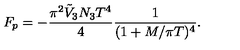
F _ { p } = - \frac { \pi ^ { 2 } \tilde { V } _ { 3 } N _ { 3 } T ^ { 4 } } { 4 } \frac { 1 } { ( 1 + M / \pi T ) ^ { 4 } } .